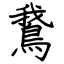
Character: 鵞